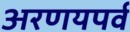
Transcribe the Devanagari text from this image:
अरणयपर्व